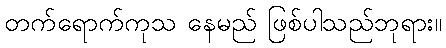
တက်ရောက်ကုသ နေမည် ဖြစ်ပါသည်ဘုရား။